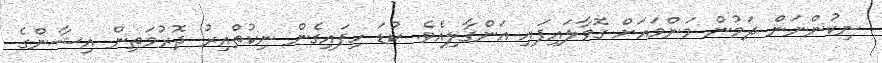
ނިކުންނަން ދަމުން މަންމައަށް ގޮވާލައިފައި އަންގާލިއެވެ. ކުޑަ ހިފައިގެން ނިކުތްއިރު ދޮރުމަތިން އިޝާންގެ